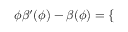
\phi \beta ^ { \prime } ( \phi ) - \beta ( \phi ) = \left\{ \begin{array} { r l r l } \end{array} \right.